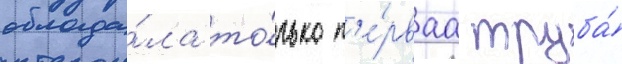
облада́ла то́лько п'е́рваа труба́